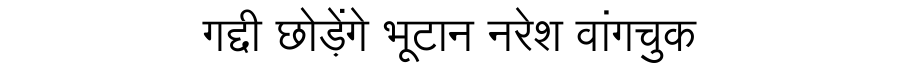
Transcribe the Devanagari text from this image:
गद्दी छोड़ेंगे भूटान नरेश वांगचुक